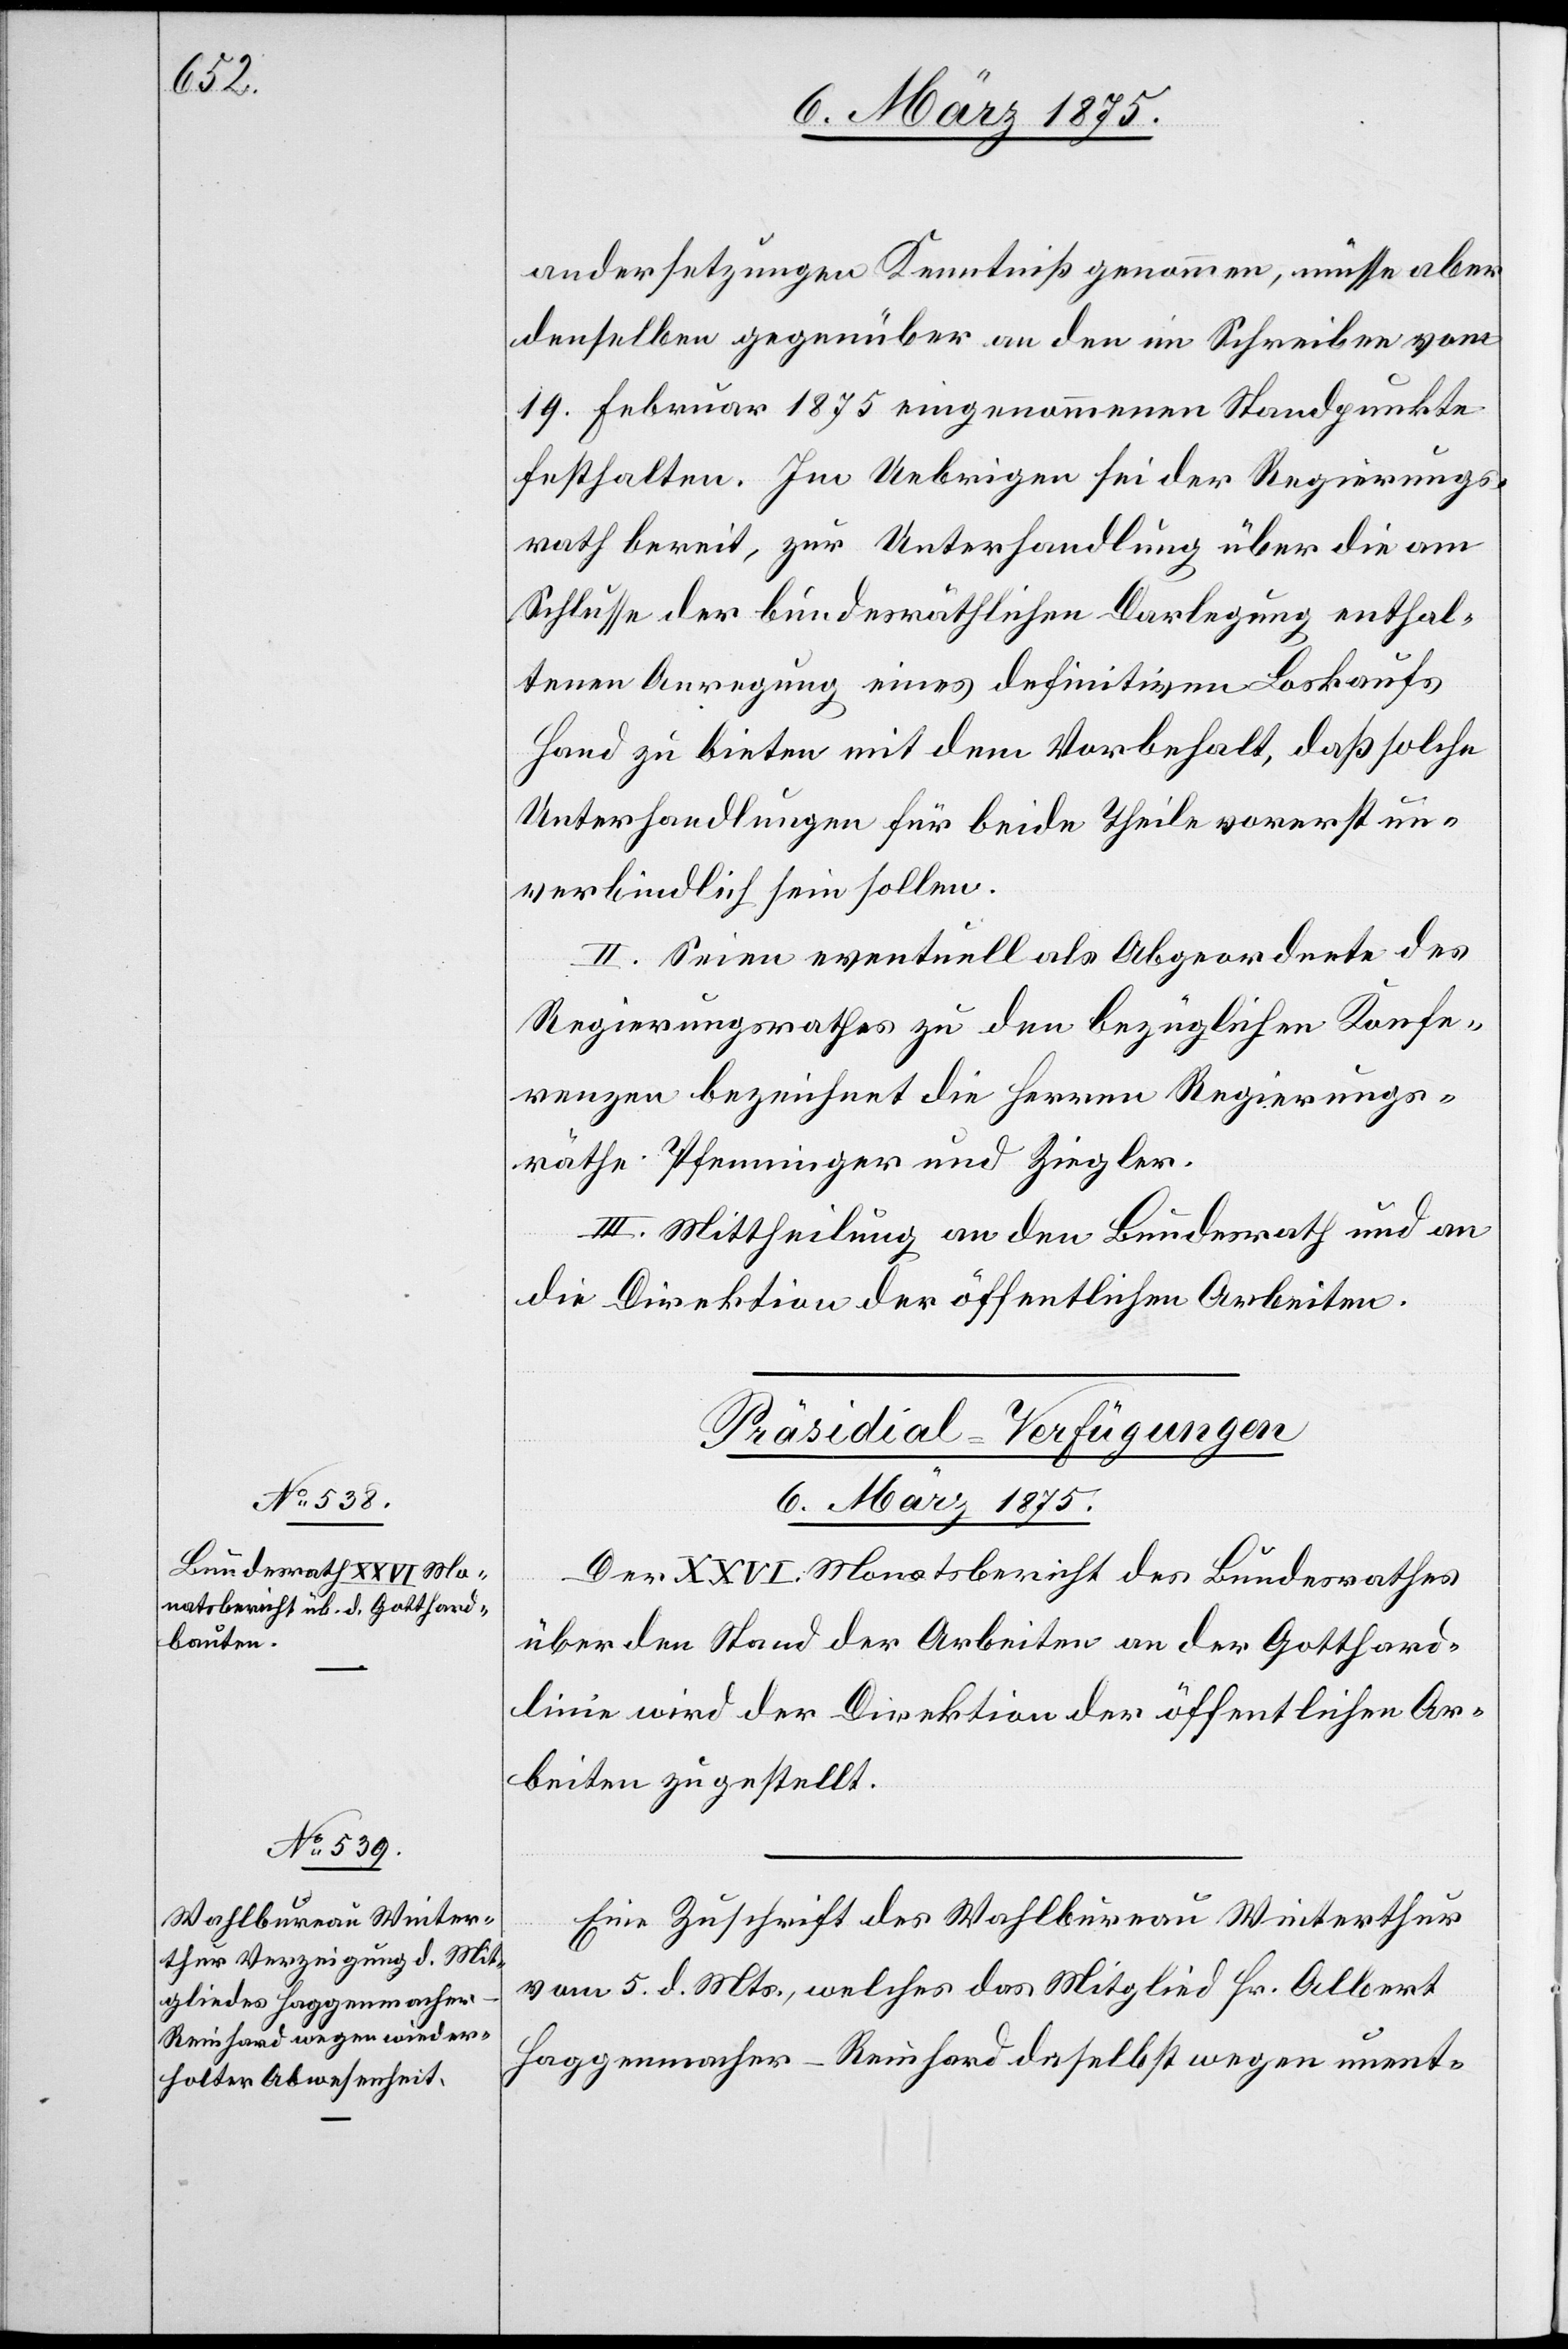
6. März 1875.]
andersetzungen Kenntniß genommen, müsse aber
denselben gegenüber an den im Schreiben vom
19. Februar 1875 eingenommenen Standpunkte
festhalten. Im Uebrigen sei der Regierungs¬
rath bereit, zur Unterhandlung über die am
Schlusse der bundesräthlichen Darlegung enthal¬
tenen Anregung eines definitiven Loskaufs
Hand zu bieten mit dem Vorbehalt, daß solche
Unterhandlungen für beide Theile vorerst un¬
verbindlich sein sollen.
II. Seine eventuell als Abgeordnete des
Regierungsrathes zu den bezüglichen Konfe¬
renzen bezeichnet die Herren Regierungs¬
räthe Pfenninger und Ziegler.
III. Mittheilung an den Bundesrath und an
die Direktion der öffentlichen Arbeiten.
[Präsidial-Verfügungen
Der XXVI. Monatsbericht des Bundesrathes
über den Stand der Arbeiten an der Gotthard¬
linie wird der Direktion der öffentlichen Ar¬
beiten zugestellt.
Eine Zuschrift des Wahlbureau Winterthur
vom 5. d. Mts., welches das Mitglied Hr. Albert
Haggenmacher-Reinhard daselbst wegen unent-